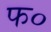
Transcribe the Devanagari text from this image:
फ०